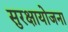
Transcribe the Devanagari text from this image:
सुरक्षायोजना